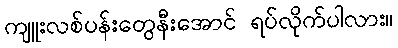
ကျူးလစ်ပန်းတွေနီးအောင် ရပ်လိုက်ပါလား။